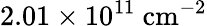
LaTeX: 2.01\times 10^{11}~\mathrm{{cm}^{-2}}